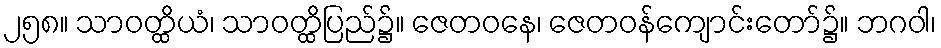
၂၅၈။ သာဝတ္ထိယံ၊ သာဝတ္ထိပြည်၌။ ဇေတဝနေ၊ ဇေတဝန်ကျောင်းတော်၌။ ဘဂဝါ၊